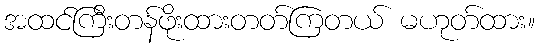
အထင်ကြီးတန်ဖိုးထားတတ်ကြတယ် မဟုတ်ထား။